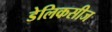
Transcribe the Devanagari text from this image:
डेलिकसीज